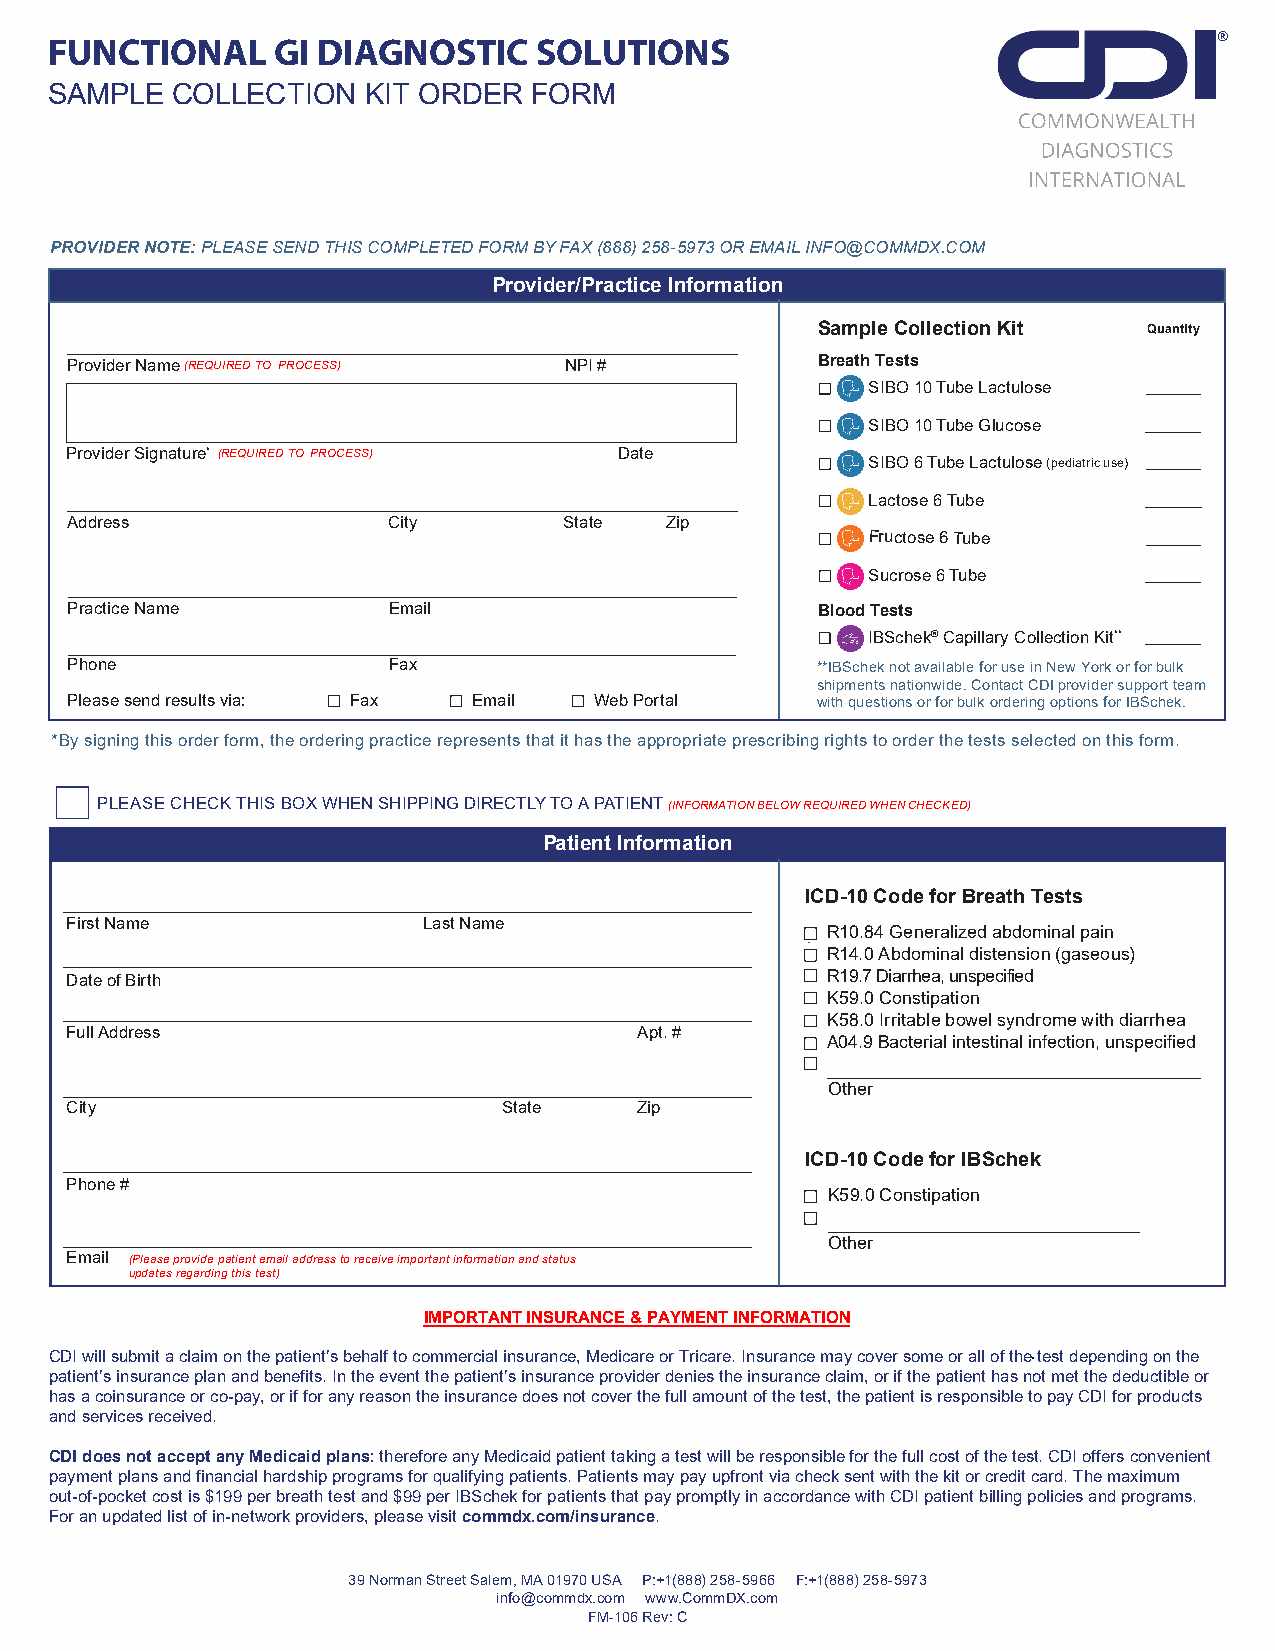
FUNCTIONAL     GI DIAGNOSTIC    SOLUTIONS
 SAMPLE  COLLECTION   KIT ORDER  FORM
 PROVIDER NOTE: PLEASE SEND THIS COMPLETED FORM BY FAX (888) 258-5973 OR EMAIL INFO@COMMDX.COM
 Provider/Practice Information
 Sample Collection Kit Quantity
 Provider Name (REQUIRED TO PROCESS) NPI #         Breath Tests
 SIBO 10 Tube Lactulose
 SIBO 10 Tube Glucose
 Provider Signature* (REQUIRED TO PROCESS) Date
 SIBO 6 Tube Lactulose (pediatric use)
 Lactose 6 Tube
 Address               City       State  Zip
 Fru c t o s e 6 Tube
 Sucrose 6 Tube
 Practice Name         Email                       Blood Tests
 IBSchek® Capillary Collection Kit**
 Phone                 Fax                         **IBSchek not available for use in New York or for bulk
 shipments nationwide. Contact CDI provider support team
 Please send results via: Fax Email Web Portal     with questions or for bulk ordering options for IBSchek.
 *By signing this order form, the ordering practice represents that it has the appropriate prescribing rights to order the tests selected on this form.
 PLEASE CHECK THIS BOX WHEN SHIPPING DIRECTLY TO A PATIENT(INFORMATION BELOW REQUIRED WHEN CHECKED)
 Patient Information
 ICD-10 Code for Breath Tests
 First Name              Last Name
 . R10.84 Generalized abdominal pain
 R14.0 Abdominal distension (gaseous)
 Date of Birth                                      R19.7 Diarrhea, unspecified
 K59.0 Constipation
 K58.0 Irritable bowel syndrome with diarrhea
 Full Address                          Apt. #
 A04.9 Bacterial intestinal infection, unspecified
 Other
 City                         State    Zip
 ICD-10 Code for IBSchek
 Phone #
 K59.0 Constipation
 Other
 Email (Please provide patient email address to receive important information and status
 updates regarding this test)
 IMPORTANT INSURANCE & PAYMENT INFORMATION
 CDI will submit a claim on the patient’s behalf to commercial insurance, Medicare or Tricare. Insurance may cover some or all of the test depending on the
 patient’s insurance plan and benefits. In the event the patient’s insurance provider denies the insurance claim, or if the patient has not met the deductible or
 has a coinsurance or co-pay, or if for any reason the insurance does not cover the full amount of the test, the patient is responsible to pay CDI for products
 and services received.
 CDI does not accept any Medicaid plans: therefore any Medicaid patient taking a test will be responsible for the full cost of the test. CDI offers convenient
 payment plans and financial hardship programs for qualifying patients. Patients may pay upfront via check sent with the kit or credit card. The maximum
 out-of-pocket cost is $199 per breath test and $99 per IBSchek for patients that pay promptly in accordance with CDI patient billing policies and programs.
 For an updated list of in-network providers, please visit commdx.com/insurance.
 39 Norman Street Salem, MA 01970 USA P:+1(888) 258-5966 F:+1(888) 258-5973
 info@commdx.com www.CommDX.com
 FM-106 Rev: C